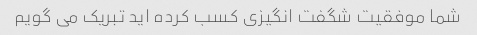
شما موفقیت شگفت انگیزی کسب کرده اید تبریک می گویم